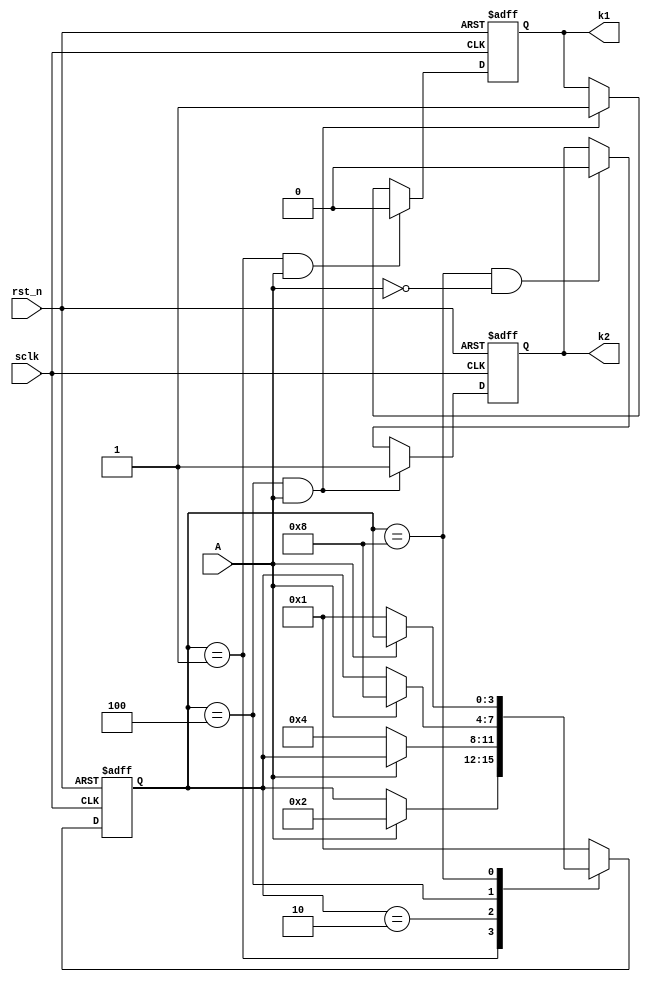
module ex_fsm(
    input   wire    sclk,
    input   wire    rst_n,
    input   wire    A,
    output  reg     k1,
    output  reg     k2
);

parameter IDLE  = 4'b0001;
parameter START = 4'b0010;
parameter STOP  = 4'b0100;
parameter CLEAR = 4'b1000;

reg     [3:0]   state;

/*
 4-bits  4'b0001, 4'b0010, 4'b0100, 4b'1000 


if(state == 4'b0001) --> if(state[0] == 1'b1) 
*/

// 
always @(posedge sclk or negedge rst_n) begin
    if(rst_n == 1'b0) begin
        state <= IDLE;
    end else begin
        case(state)
            IDLE:  if(A == 1'b1) state <= START;
            START: if(A == 1'b0) state <= STOP;
            STOP:  if(A == 1'b1) state <= CLEAR;
            CLEAR: if(A == 1'b0) state <= IDLE;
            default:             state <= IDLE;
        endcase
    end
end

//  K1 
always @(posedge sclk or negedge rst_n ) begin
    if (rst_n == 1'b0) begin
        k1 <= 1'b0;
    end else if(state == IDLE && A == 1'b1) begin
        k1 <= 1'b0;
    end else if(state == STOP && A == 1'b1) begin
        k1 <= 1'b1;
    end
end

//  K2 
always @(posedge sclk or negedge rst_n) begin
    if(rst_n == 1'b0) begin
        k2 <= 1'b0;
    end else if(state == STOP && A == 1'b1) begin
        k2 <= 1'b1;
    end else if(state == CLEAR && A == 1'b0) begin
        k2 <= 1'b0;
    end
end

endmodule